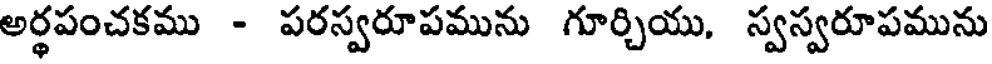
అర్ధపంచకము - పరస్వరూపమును గూర్చియు, స్వస్వరూపమును